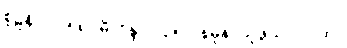
စူဠနိ-ပါ-၂၅၈ ။မိလိန္ဒ-ပါ-၃၅၂၊ နမူနာယူဖွယ် ၂-ဂါထာ